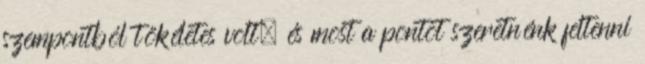
szempontból tökéletes volt, és most a pontot szeretnénk feltenni